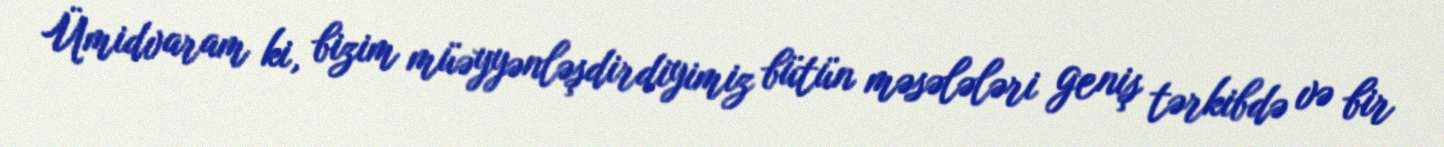
Ümidvaram ki, bizim müəyyənləşdirdiyimiz bütün məsələləri geniş tərkibdə və bir